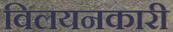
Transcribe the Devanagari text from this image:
विलयनकारी